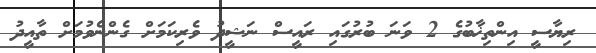
ރިޔާސީ އިންތިޚާބުގެ 2 ވަނަ ބުރުގައި ރައީސް ނަޝީދު ވެރިކަމަށް ގެންނެވުމަށް ތާއީދު